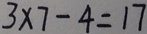
3 \times 7 - 4 = 1 7